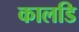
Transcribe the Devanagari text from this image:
कालडि